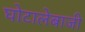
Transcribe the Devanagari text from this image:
घोटालेबाजी